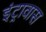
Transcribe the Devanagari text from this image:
इंट्रावास